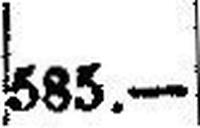
585.—